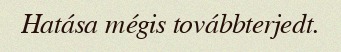
Hatása mégis továbbterjedt.